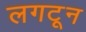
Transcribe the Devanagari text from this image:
लगटून